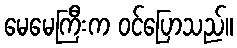
မေမေကြီးက ဝင်ပြောသည်။